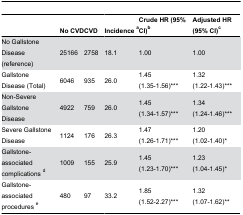
<table><thead><tr><td>[EMPTY_CELL]</td><td><b>No CVD</b></td><td><b>CVD</b></td><td><b>Incidence <sup>a</sup></b></td><td><b>Crude HR (95% CI)<sup>b</sup></b></td><td><b>Adjusted HR (95% CI)<sup>c</sup></b></td></tr></thead><tbody><tr><td>No Gallstone Disease (reference)</td><td>25166</td><td>2758</td><td>18.1</td><td>1.00</td><td>1.00</td></tr><tr><td>Gallstone Disease (Total)</td><td>6046</td><td>935</td><td>26.0</td><td>1.45 (1.35-1.56)***</td><td>1.32 (1.22-1.43)***</td></tr><tr><td>Non-Severe Gallstone Disease</td><td>4922</td><td>759</td><td>26.0</td><td>1.45 (1.34-1.57)***</td><td>1.34 (1.24-1.46)***</td></tr><tr><td>Severe Gallstone Disease</td><td>1124</td><td>176</td><td>26.3</td><td>1.47 (1.26-1.71)***</td><td>1.20 (1.02-1.40)*</td></tr><tr><td> Gallstone-associated complications <sup>d</sup></td><td>1009</td><td>155</td><td>25.9</td><td>1.45 (1.23-1.70)***</td><td>1.23 (1.04-1.45)*</td></tr><tr><td> Gallstone-associated procedures <sup>e</sup></td><td>480</td><td>97</td><td>33.2</td><td>1.85 (1.52-2.27)***</td><td>1.32 (1.07-1.62)**</td></tr></tbody></table>